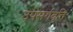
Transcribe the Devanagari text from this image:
उपसर्गवृत्ति